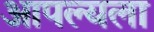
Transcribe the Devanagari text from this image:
आपल्यला